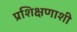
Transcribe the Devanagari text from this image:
प्रशिक्षणाशी